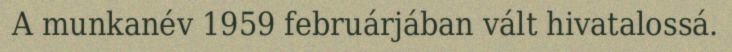
A munkanév 1959 februárjában vált hivatalossá.